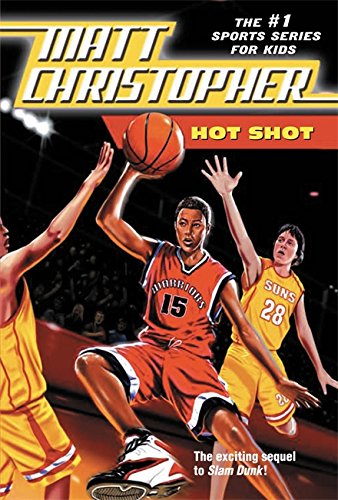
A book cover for Hot Shot (Matt Christopher Sports Classics); Matt Christopher; Children's Books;